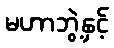
မဟာဘွဲ့နှင့်